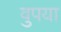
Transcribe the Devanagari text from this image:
वुपया